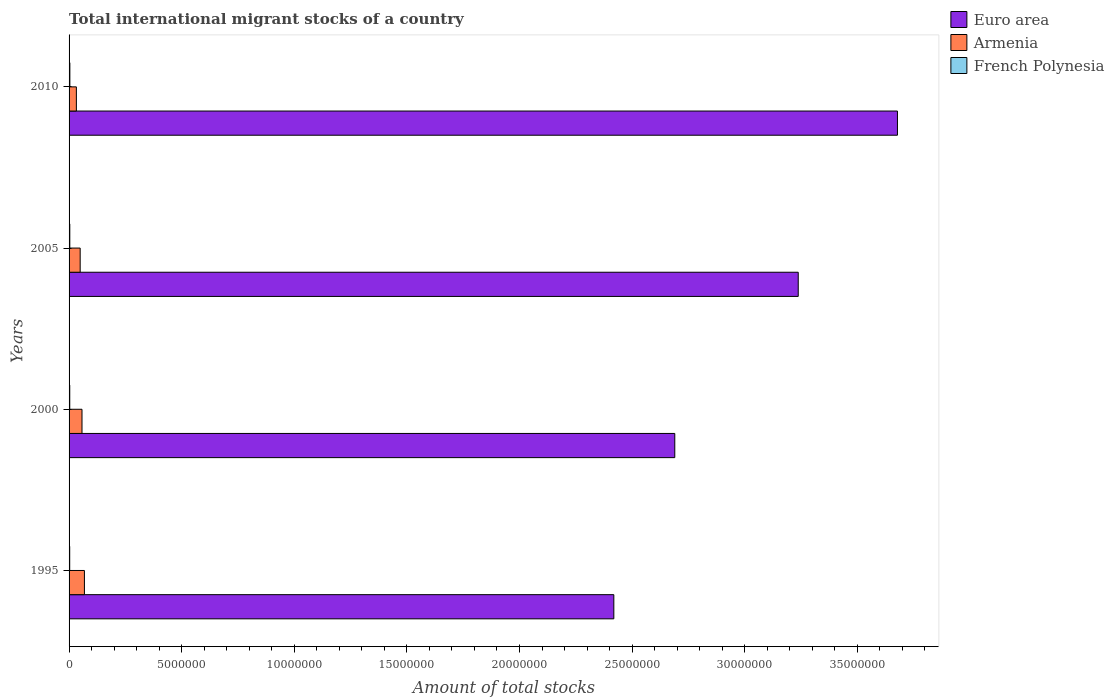
| Years | Euro area | Armenia | French Polynesia |
 | --- | --- | --- | --- |
 | 1995 | 2.42e+07 | 6.82e+05 | 2.82e+04 |
 | 2000 | 2.69e+07 | 5.74e+05 | 3.03e+04 |
 | 2005 | 3.24e+07 | 4.93e+05 | 3.25e+04 |
 | 2010 | 3.68e+07 | 3.24e+05 | 3.48e+04 |